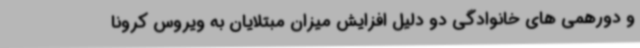
و دورهمی های خانوادگی دو دلیل افزایش میزان مبتلایان به ویروس کرونا